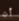
أن